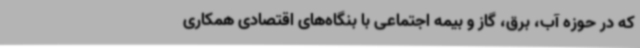
که در حوزه آب، برق، گاز و بیمه اجتماعی با بنگاه‌های اقتصادی همکاری